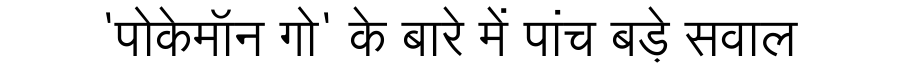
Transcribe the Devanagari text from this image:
'पोकेमॉन गो' के बारे में पांच बड़े सवाल